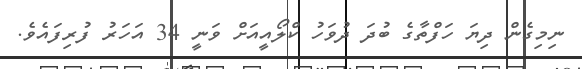
ނިމިގެން ދިޔަ ހަފްތާގެ ބުދަ ދުވަހު ކްލޯއީއަށް ވަނީ 34 އަހަރު ފުރިފައެވެ.